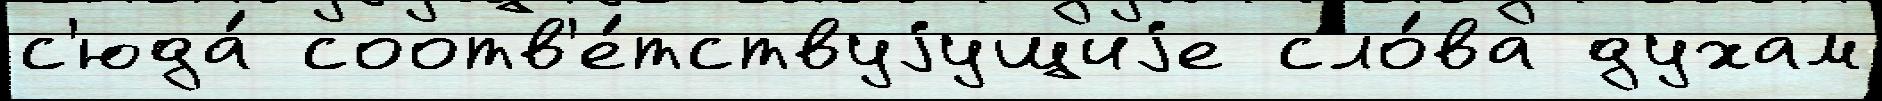
с'юда́ соотв'е́тствуjущиjе сло́ва духам